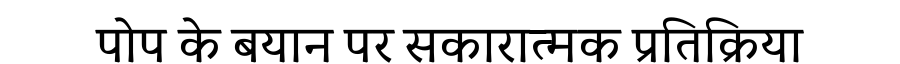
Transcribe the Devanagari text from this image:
पोप के बयान पर सकारात्मक प्रतिक्रिया